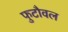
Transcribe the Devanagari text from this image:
फुटौवल